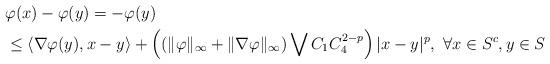
LaTeX: \begin{align*}&\varphi(x) - \varphi(y) = -\varphi(y) \\&\le \langle \nabla \varphi (y), x-y \rangle + \left((\| \varphi \|_{\infty} + \| \nabla \varphi \|_{\infty}) \bigvee C_1 C_4^{2-p} \right ) |x-y|^p, \ \forall x \in S^c,y\in S\end{align*}